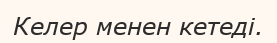
Келер менен кетеді.